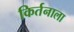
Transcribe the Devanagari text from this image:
किर्तनाला